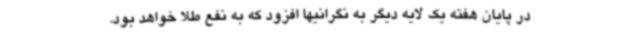
در پایان هفته یک لایه دیگر به نگرانیها افزود که به نفع طلا خواهد بود.